Indian journal of veterinary science and animal husbandry - Volume 13,
Year: 1943
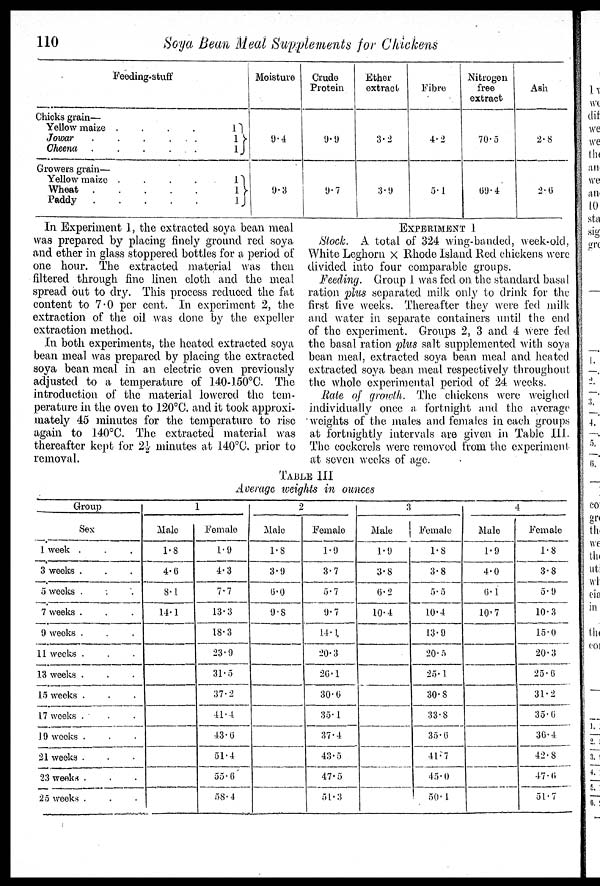
110
Soya Bean Meal Supplements for Chickens
Feeding-stuff
Chicks grain—
Yellow maize
....
Jowar
...
Cheena
Growers grain—
Yellow maize
....
Wheat
Paddy
1
1 }
1
1
1}
1
Moisture
9.4
9.3
Crude
Protein
9.9
9.7
Ether
extract
3.2
3.9
Fibre
4.2
5.1
Nitrogen
free
extract
70.5
69.4
Ash
2.8
2.6
In Experiment 1, the extracted soya bean meal
was prepared by placing finely ground red soya
and ether in glass stoppered bottles for a period of
one hour. The extracted material was then
filtered through fine linen cloth and the meal
spread out to dry. This process reduced the fat
content to 7.0 per cent. In experiment 2, the
extraction of the oil was done by the expeller
extraction method.
In both experiments, the heated extracted soya
bean meal was prepared by placing the extracted
soya bean meal in an electric oven previously
adjusted to a temperature of 140-150°C. The
introduction of the material lowered the tem-
perature in the oven to 120°C. and it took approxi-
mately 45 minutes for the temperature to rise
again to 140°C. The extracted material was
thereafter kept for 2½ minutes at 140°C. prior to
removal.
EXPERIMENT 1
Stock. A total of 324 wing-banded, week-old,
White Leghorn × Rhode Island Red chickens were
divided into four comparable groups.
Feeding. Group 1 was fed on the standard basal
ration plus separated milk only to drink for the
first five weeks. Thereafter they were fed milk
and water in separate containers until the end
of the experiment. Groups 2, 3 and 4 were fed
the basal ration plus salt supplemented with soya
bean meal, extracted soya bean meal and heated
extracted soya bean meal respectively throughout
the whole experimental period of 24 weeks.
Rate of growth. The chickens were weighed
individually once a fortnight and the average
weights of the males and females in each groups
at fortnightly intervals are given in Table III.
The cockerels were removed from the experiment
at seven weeks of age.
TABLE III
Average weights in ounces
Group
Sex
1 week . . .
3 weeks . . .
5 weeks . . .
7 weeks . . .
9 weeks . . .
11 weeks . . .
13 weeks . . .
15 weeks . . .
17 weeks . . .
19 weeks . . .
21 weeks . . .
23 weeks . . .
25 weeks . . .
1
Male
1.8
4.6
8.1
14.1
Female
1.9
4.3
7.7
13.3
18.3
23.9
31.5
37.2
41.4
43.6
51.4
55.6
58.4
2
Male
1.8
3.9
6.0
9.8
Female
1.9
3.7
5.7
9.7
14.1
20.3
26.1
30.6
35.1
37.4
43.5
47.5
51.3
3
Male
1.9
3.8
6.2
10.4
Female
1.8
3.8
5.5
10.4
13.9
20.5
25.1
30.8
33.8
35.6
41.7
45.0
50.1
4
Male
1.9
4.0
6.1
10.7
Female
1.8
3.8
5.9
10.3
15.0
20.3
25.6
31.2
35.6
36.4
42.8
47.6
51.7